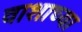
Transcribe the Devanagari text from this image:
वाशाच्या